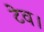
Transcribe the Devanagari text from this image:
टेव।